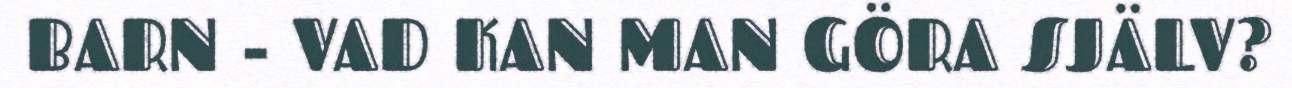
BARN - VAD KAN MAN GÖRA SJÄLV?